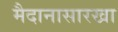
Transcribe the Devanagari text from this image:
मैदानासारखा